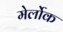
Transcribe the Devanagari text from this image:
मेर्लोक